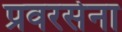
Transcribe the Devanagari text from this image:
प्रवरसेना